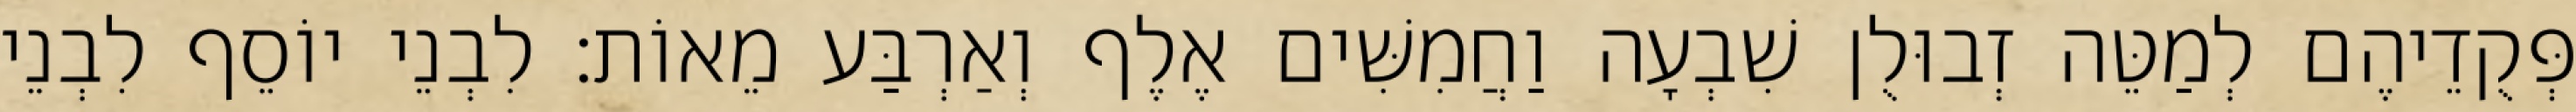
פְּקֻדֵיהֶם לְמַטֵּה זְבוּלֻן שִׁבְעָה וַחֲמִשִּׁים אֶלֶף וְאַרְבַּע מֵאוֹת׃ לִבְנֵי יוֹסֵף לִבְנֵי